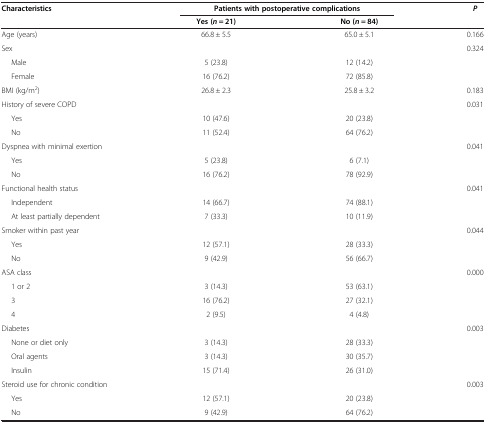
<table><thead><tr><td rowspan="2"><b>Characteristics</b></td><td colspan="2"><b>Patients with postoperative complications</b></td><td rowspan="2"><b><i>P</i></b></td></tr><tr><td><b>Yes (<i>n</i> = 21)</b></td><td><b>No (<i>n</i> = 84)</b></td></tr></thead><tbody><tr><td>Age (years)</td><td>66.8 ± 5.5</td><td>65.0 ± 5.1</td><td>0.166</td></tr><tr><td>Sex</td><td> </td><td> </td><td>0.324</td></tr><tr><td>Male</td><td>5 (23.8)</td><td>12 (14.2)</td><td> </td></tr><tr><td>Female</td><td>16 (76.2)</td><td>72 (85.8)</td><td> </td></tr><tr><td>BMI (kg/m<sup>2</sup>)</td><td>26.8 ± 2.3</td><td>25.8 ± 3.2</td><td>0.183</td></tr><tr><td>History of severe COPD</td><td> </td><td> </td><td>0.031</td></tr><tr><td>Yes</td><td>10 (47.6)</td><td>20 (23.8)</td><td> </td></tr><tr><td>No</td><td>11 (52.4)</td><td>64 (76.2)</td><td> </td></tr><tr><td>Dyspnea with minimal exertion</td><td> </td><td> </td><td>0.041</td></tr><tr><td>Yes</td><td>5 (23.8)</td><td>6 (7.1)</td><td> </td></tr><tr><td>No</td><td>16 (76.2)</td><td>78 (92.9)</td><td> </td></tr><tr><td>Functional health status</td><td> </td><td> </td><td>0.041</td></tr><tr><td>Independent</td><td>14 (66.7)</td><td>74 (88.1)</td><td> </td></tr><tr><td>At least partially dependent</td><td>7 (33.3)</td><td>10 (11.9)</td><td> </td></tr><tr><td>Smoker within past year</td><td> </td><td> </td><td>0.044</td></tr><tr><td>Yes</td><td>12 (57.1)</td><td>28 (33.3)</td><td> </td></tr><tr><td>No</td><td>9 (42.9)</td><td>56 (66.7)</td><td> </td></tr><tr><td>ASA class</td><td> </td><td> </td><td>0.000</td></tr><tr><td>1 or 2</td><td>3 (14.3)</td><td>53 (63.1)</td><td> </td></tr><tr><td>3</td><td>16 (76.2)</td><td>27 (32.1)</td><td> </td></tr><tr><td>4</td><td>2 (9.5)</td><td>4 (4.8)</td><td> </td></tr><tr><td>Diabetes</td><td> </td><td> </td><td>0.003</td></tr><tr><td>None or diet only</td><td>3 (14.3)</td><td>28 (33.3)</td><td> </td></tr><tr><td>Oral agents</td><td>3 (14.3)</td><td>30 (35.7)</td><td> </td></tr><tr><td>Insulin</td><td>15 (71.4)</td><td>26 (31.0)</td><td> </td></tr><tr><td>Steroid use for chronic condition</td><td> </td><td> </td><td>0.003</td></tr><tr><td>Yes</td><td>12 (57.1)</td><td>20 (23.8)</td><td> </td></tr><tr><td>No</td><td>9 (42.9)</td><td>64 (76.2)</td><td> </td></tr></tbody></table>